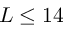
L \protect \leq 1 4